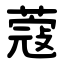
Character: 蔻